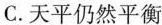
C.天平仍然平衡